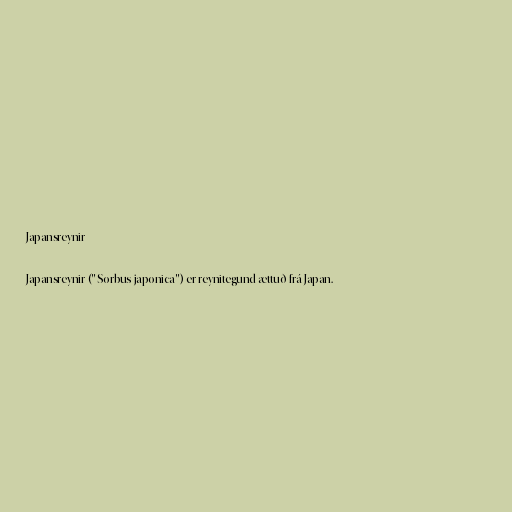
Japansreynir

Japansreynir ("Sorbus japonica") er reynitegund ættuð frá Japan.